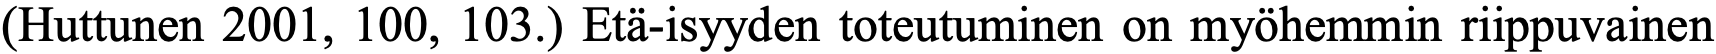
(Huttunen 2001, 100, 103.) Etä-isyyden toteutuminen on myöhemmin riippuvainen